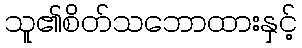
သူ၏စိတ်သဘောထားနှင့်